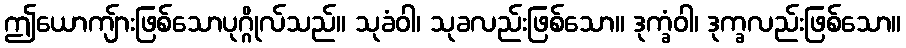
ဤယောကျ်ားဖြစ်သောပုဂ္ဂိုလ်သည်။ သုခံဝါ၊ သုခလည်းဖြစ်သော။ ဒုက္ခံဝါ၊ ဒုက္ခလည်းဖြစ်သော။